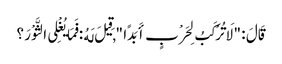
قَالَ : " لَا تُرْکَبُ لِحَرْبٍ أَبَدًا " , قِیلَ لَهُ : فَمَا یُغْلِی الثَّوْرَ ؟